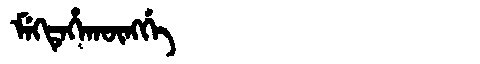
Manchu: ᠮᡝᡴᡨᡝᡥᠠᡴᡡᠩᡤᡝ
Romanization: MEKTEHAKŪNGGE